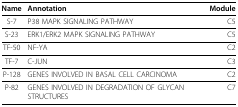
<table><thead><tr><td><b>Name</b></td><td><b>Annotation</b></td><td><b>Module</b></td></tr></thead><tbody><tr><td>S-7</td><td>P38 MAPK SIGNALING PATHWAY</td><td>C5</td></tr><tr><td>S-23</td><td>ERK1/ERK2 MAPK SIGNALING PATHWAY</td><td>C5</td></tr><tr><td>TF-50</td><td>NF-YA</td><td>C2</td></tr><tr><td>TF-7</td><td>C-JUN</td><td>C3</td></tr><tr><td>P-128</td><td>GENES INVOLVED IN BASAL CELL CARCINOMA</td><td>C2</td></tr><tr><td>P-82</td><td>GENES INVOLVED IN DEGRADATION OF GLYCAN STRUCTURES</td><td>C7</td></tr></tbody></table>